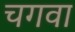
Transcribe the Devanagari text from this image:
चगवा